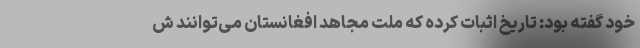
خود گفته بود: تاریخ اثبات کرده که ملت مجاهد افغانستان می‌توانند ش